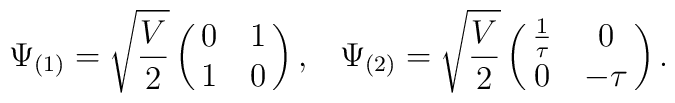
\Psi_{(1)}=\sqrt{\frac{V}{2}}\left(\matrix{ 0&1\cr 1&0\cr }\right),\;\;\;\Psi_{(2)}=\sqrt{\frac{V}{2}}\left(\matrix{ \frac{1}{\tau}&0\cr 0&-\tau \cr }\right).